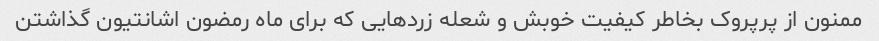
ممنون از پرپروک بخاطر کیفیت خوبش و شعله زردهایی که برای ماه رمضون اشانتیون گذاشتن